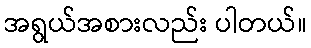
အရွယ်အစားလည်း ပါတယ်။